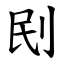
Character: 刡